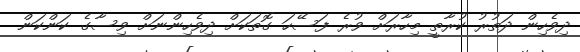
ދިވެހިން ދަތުރު ކުރާތީ މިހާރަށް ވުރެ ފަސޭހަ ގޮތަކަށް ދިވެހިންނަށް ވިސާގެ ކަންކަން